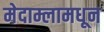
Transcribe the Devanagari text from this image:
मेदाम्लामधून